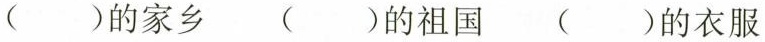
()的家乡 ()的祖国 ()的衣服